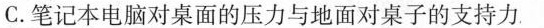
C.笔记本电脑对桌面的压力与地面对桌子的支持力